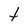
Character: t